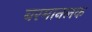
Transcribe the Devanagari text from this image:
बरमानलक